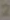
2